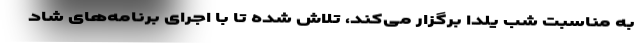
به مناسبت شب یلدا برگزار می‌کند، تلاش شده تا با اجرای برنامه‌های شاد